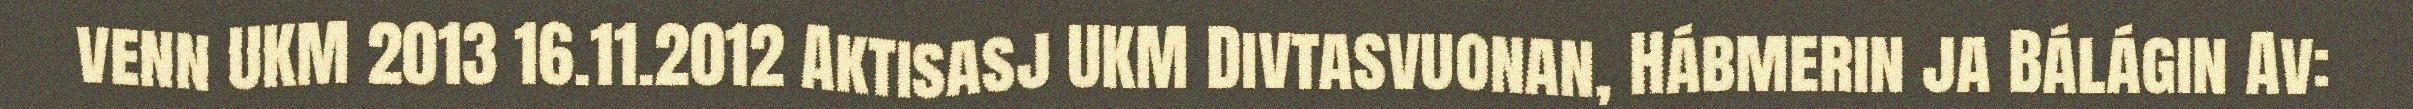
venn UKM 2013 16.11.2012 Aktisasj UKM Divtasvuonan, Hábmerin ja Bálágin Av: